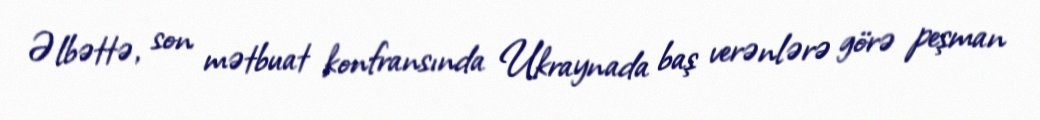
Əlbəttə, son mətbuat konfransında Ukraynada baş verənlərə görə peşman